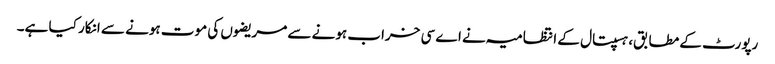
رپورٹ کے مطابق، ہسپتال کے انتظامیہ نے اے سی خراب ہونے سے مریضوں کی موت ہونے سے انکار کیا ہے۔